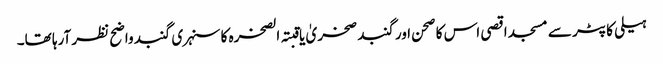
ہیلی کاپٹر سے مسجد اقصی اس کا صحن اور گنبد صخریٰ یا قبتہ الصخرہ کا سنہری گنبد واضح نظر آرہا تھا۔